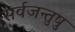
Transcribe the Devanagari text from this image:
सर्वजन्तुषु